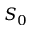
S _ { 0 }